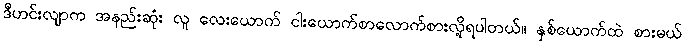
ဒီဟင်းလျာက အနည်းဆုံး လူ လေးယောက် ငါးယောက်စာလောက်စားလို့ရပါတယ်။ နှစ်ယောက်ထဲ စားမယ်